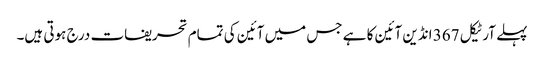
پہلے آرٹیکل 367 انڈین آئین کا ہے جس میں آئین کی تمام تحریفات درج ہوتی ہیں۔